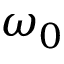
\omega _ { 0 }